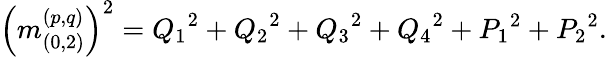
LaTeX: \left(m_{(0,2)}^{(p,q)}\right)^{2}={Q_{1}}^{2}+{Q_{2}}^{2}+{Q_{3}}^{2}+{Q_{4}}^{2}+{P_{1}}^{2}+{P_{2}}^{2}.